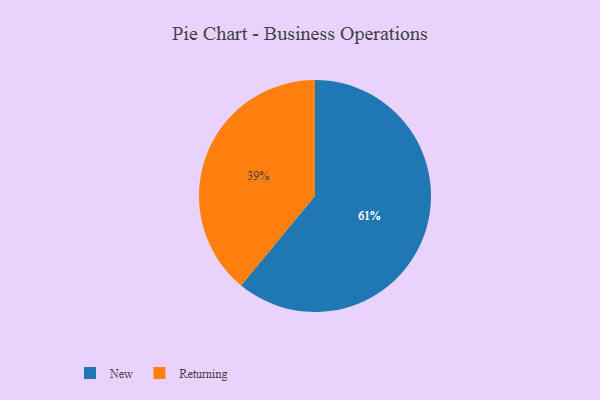
{"axis": {"x": "Category", "y": "Percentage"}, "legend": ["New", "Returning"], "data": [{"x": "New", "y": 61, "type": "New"}, {"x": "Returning", "y": 39, "type": "Returning"}]}